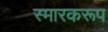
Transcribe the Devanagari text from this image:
स्मारकरूप